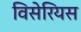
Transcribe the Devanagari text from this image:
विसेरियस